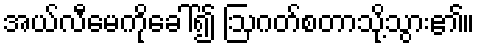
အယ်လီမေကိုခေါ်၍ ဩဂတ်စတာသို့သွား၏။